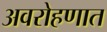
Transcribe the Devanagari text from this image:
अवरोहणात